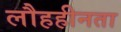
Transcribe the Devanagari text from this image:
लौहहीनता